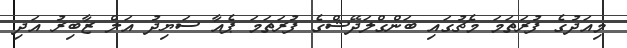
މިއަދުގެ ފުރަތަމަ މެޗުގައި ބަންގްލަދޭޝްގެ ފުރަތަމަ ޕެއާ ސަޔިދު އަލް ޒާބިރު އަދި